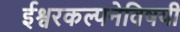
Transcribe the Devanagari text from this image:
ईश्वरकल्पनेविषयी